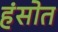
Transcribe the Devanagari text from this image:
हंसोत